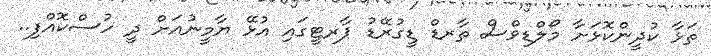
ތަޅާ ކުދީންކޮޅަށާ މޯލްޑިވްސް ތާރޑް ޑީގުރޭޑު ޕާރޓީގައި އުޅޭ ޔާމީނުއަށް ދީ ހުސްކޮއްފި..